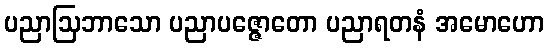
ပညာဩဘာသော ပညာပဇ္ဇောတော ပညာရတနံ အမောဟော